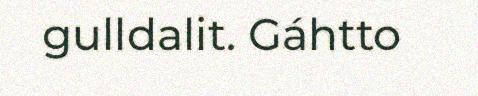
gulldalit. Gáhtto